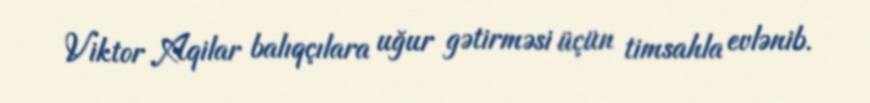
Viktor Aqilar balıqçılara uğur gətirməsi üçün timsahla evlənib.